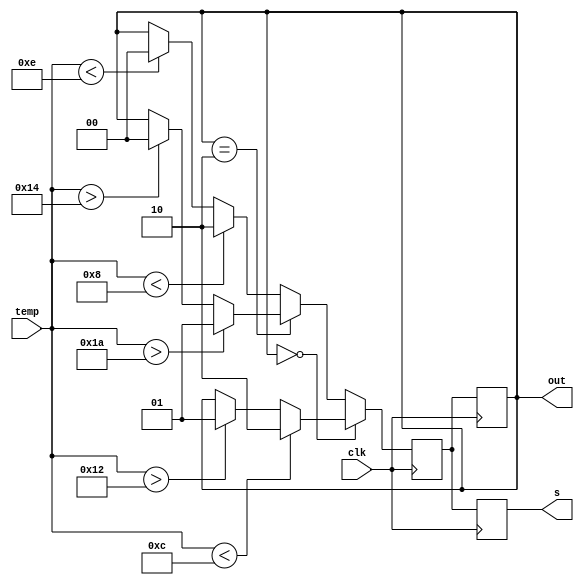
`timescale 1ms/1ms
// input: temperature 5-bit unsigned integer
module fsm(input [4:0] temp, 
    input clk, 
    output reg [1:0]out, s);

    reg [1:0] curr_state, next_state;

    initial begin
        curr_state = 2'b00;
        next_state = 2'b00;
        out = 2'b00;
    end

    always @(posedge clk) begin
        if (curr_state == 2'b00) 
        begin
            if(temp < 5'b01100)begin
                next_state = 2'b10;
            end else if(temp > 5'b10010)begin
                next_state = 2'b01;
            end else begin
                next_state = curr_state;
            end
        end 
        else if(curr_state == 2'b10) 
        begin
            if(temp > 5'b11010) begin
                next_state = 2'b01;
            end else if(temp > 5'b10100)begin
                next_state = 2'b00;
            end else begin
                next_state = curr_state;
            end
        end 
        else 
        begin
            if(temp < 5'b01000) begin
                next_state = 2'b10;
            end else if(temp < 5'b01110) begin
                next_state = 2'b00;
            end else begin
                next_state = curr_state;
            end
        end
    end

    always @(negedge clk) begin
        out = next_state; //output: next state fsm adopts
    end

    always @(negedge clk) begin
        curr_state = next_state;
        s = next_state;
    end

endmodule


module tb;

    reg clk;
    reg [4:0] temp;
    wire [1:0] o, ns;

    fsm f(temp, clk, o, ns);

    always begin
        #5;
        clk = ~clk;
    end

    always @(posedge clk) begin
        $display("temp = %b, ns = %b, o = %b", temp, ns, o);
    end

    initial begin
        clk = 0;
        temp = 0;

        $dumpfile("fsm.vcd");
        $dumpvars(0, tb);

        temp = 5'b10101;
        #10;
        temp = 5'b01101;
        #10;
        temp = 5'b01000;
        #10;
        temp = 5'b11101;
        #10;
        temp = 5'b00010;
        #10;
        temp = 5'b10101;
        #10;
        temp = 5'b10001;
        #10;
        temp = 5'b00110;
        #10;
        temp = 5'b11100;
        #10;
        temp = 5'b01111;
        #10;

        // One step lag is there
        $finish;
    end

endmodule